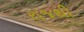
રાજથી